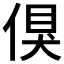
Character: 𠋬